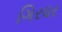
ગિરધર